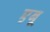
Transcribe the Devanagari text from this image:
एबू